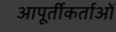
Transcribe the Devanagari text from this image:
आपूर्तीकर्ताओं